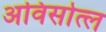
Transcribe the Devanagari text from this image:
अविसोत्ल